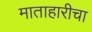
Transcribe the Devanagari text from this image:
माताहारीचा